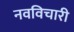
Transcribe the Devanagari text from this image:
नवविचारी